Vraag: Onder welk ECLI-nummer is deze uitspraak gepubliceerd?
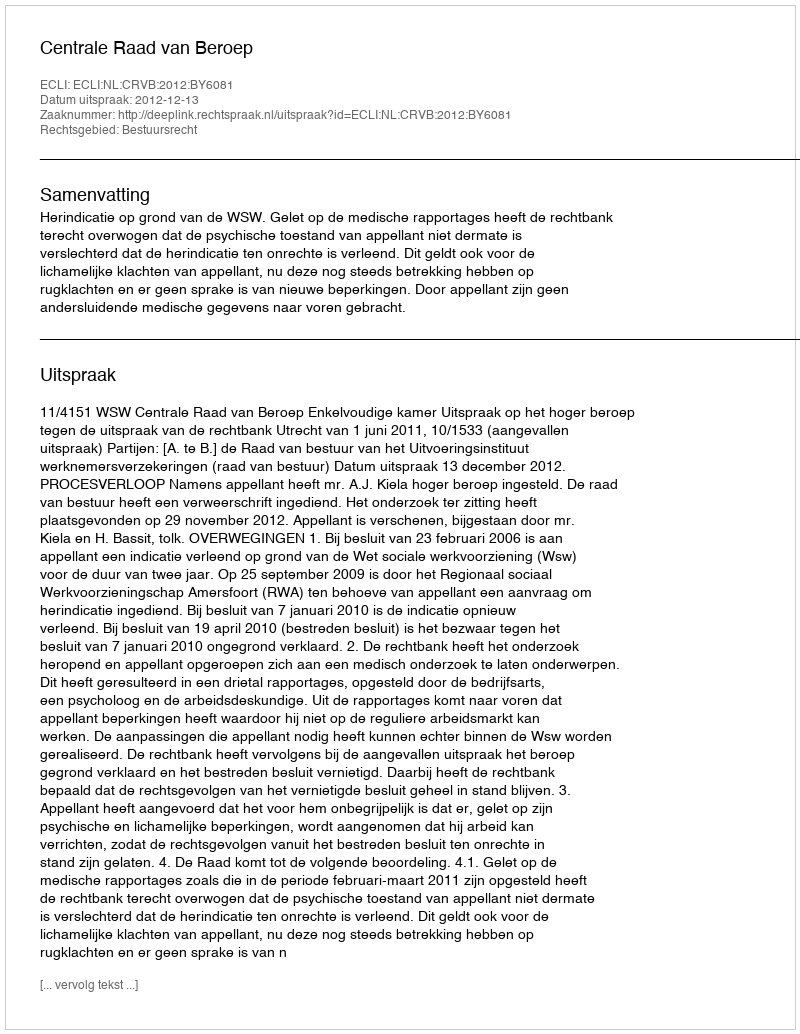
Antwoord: ECLI:NL:CRVB:2012:BY6081